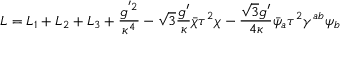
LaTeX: { \cal L } = { \cal L } _ { 1 } + { \cal L } _ { 2 } + { \cal L } _ { 3 } + \frac { g ^ { ' 2 } } { \kappa ^ { 4 } } - \sqrt { 3 } \frac { g ^ { \prime } } { \kappa } \bar { \chi } \tau ^ { 2 } \chi - \frac { \sqrt { 3 } g ^ { \prime } } { 4 \kappa } \bar { \psi } _ { a } \tau ^ { 2 } \gamma ^ { a b } \psi _ { b }